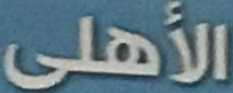
الأهلى